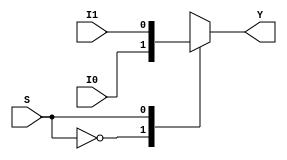
// This program was cloned from: https://github.com/aryanmahawar205/ModelSim-IntelFPGA
// License: GNU General Public License v3.0

//Behavioural Modelling for 2:1 Mux

module mux_2_to_1_beh(Y, I0, I1, S);
output Y; reg Y; input I0, I1; input S;
always @ (I0 or I1 or S)
begin
case ({S})
1'b0 : begin Y = I0; end
1'b1 : begin Y = I1; end
endcase
end
endmodule